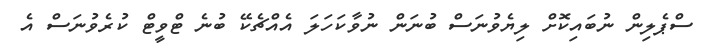
ސްޕެލިން ނުބައިކޮށް ލިޔެވުނަސް ބުނަން ނުވާކަހަލަ އެއްޗެކޭ ބުނެ ޓްވީޓް ކުރެވުނަސް އެ